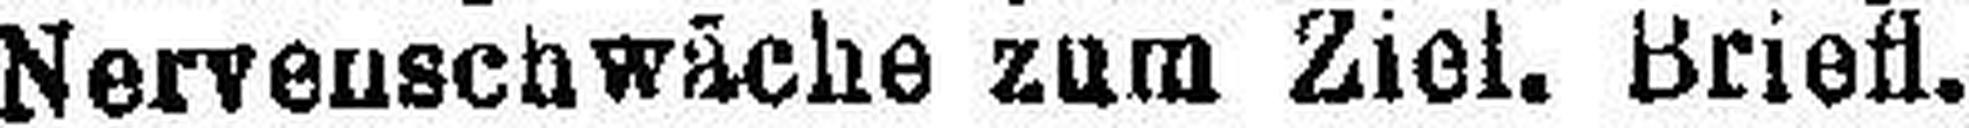
Nervenschwäche zum Ziel. Briefl.